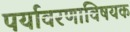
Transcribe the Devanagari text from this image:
पर्यावरणाविषयक